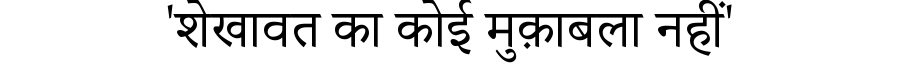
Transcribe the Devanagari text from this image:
'शेखावत का कोई मुक़ाबला नहीं'